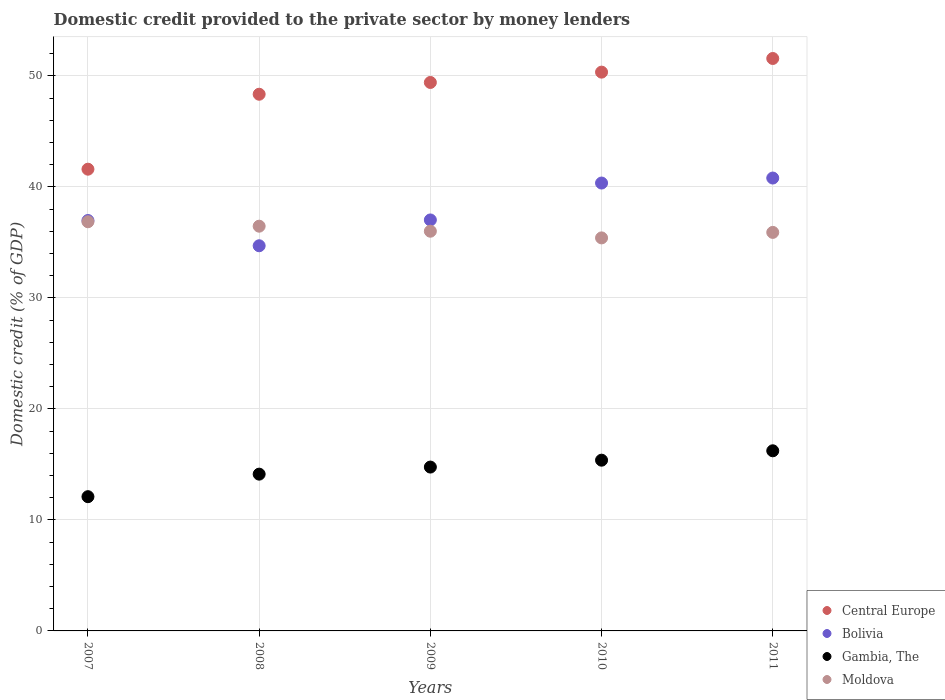
| Years | Central Europe | Bolivia | Gambia, The | Moldova |
 | --- | --- | --- | --- | --- |
 | 2007 | 41.6 | 37 | 12.1 | 36.9 |
 | 2008 | 48.3 | 34.7 | 14.1 | 36.5 |
 | 2009 | 49.4 | 37 | 14.8 | 36 |
 | 2010 | 50.3 | 40.3 | 15.4 | 35.4 |
 | 2011 | 51.6 | 40.8 | 16.2 | 35.9 |